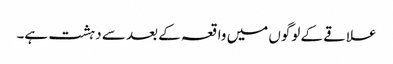
علاقے کے لوگوں میں واقعہ کے بعد سے دہشت ہے۔